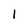
Character: 1